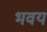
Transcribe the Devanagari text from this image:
भवय